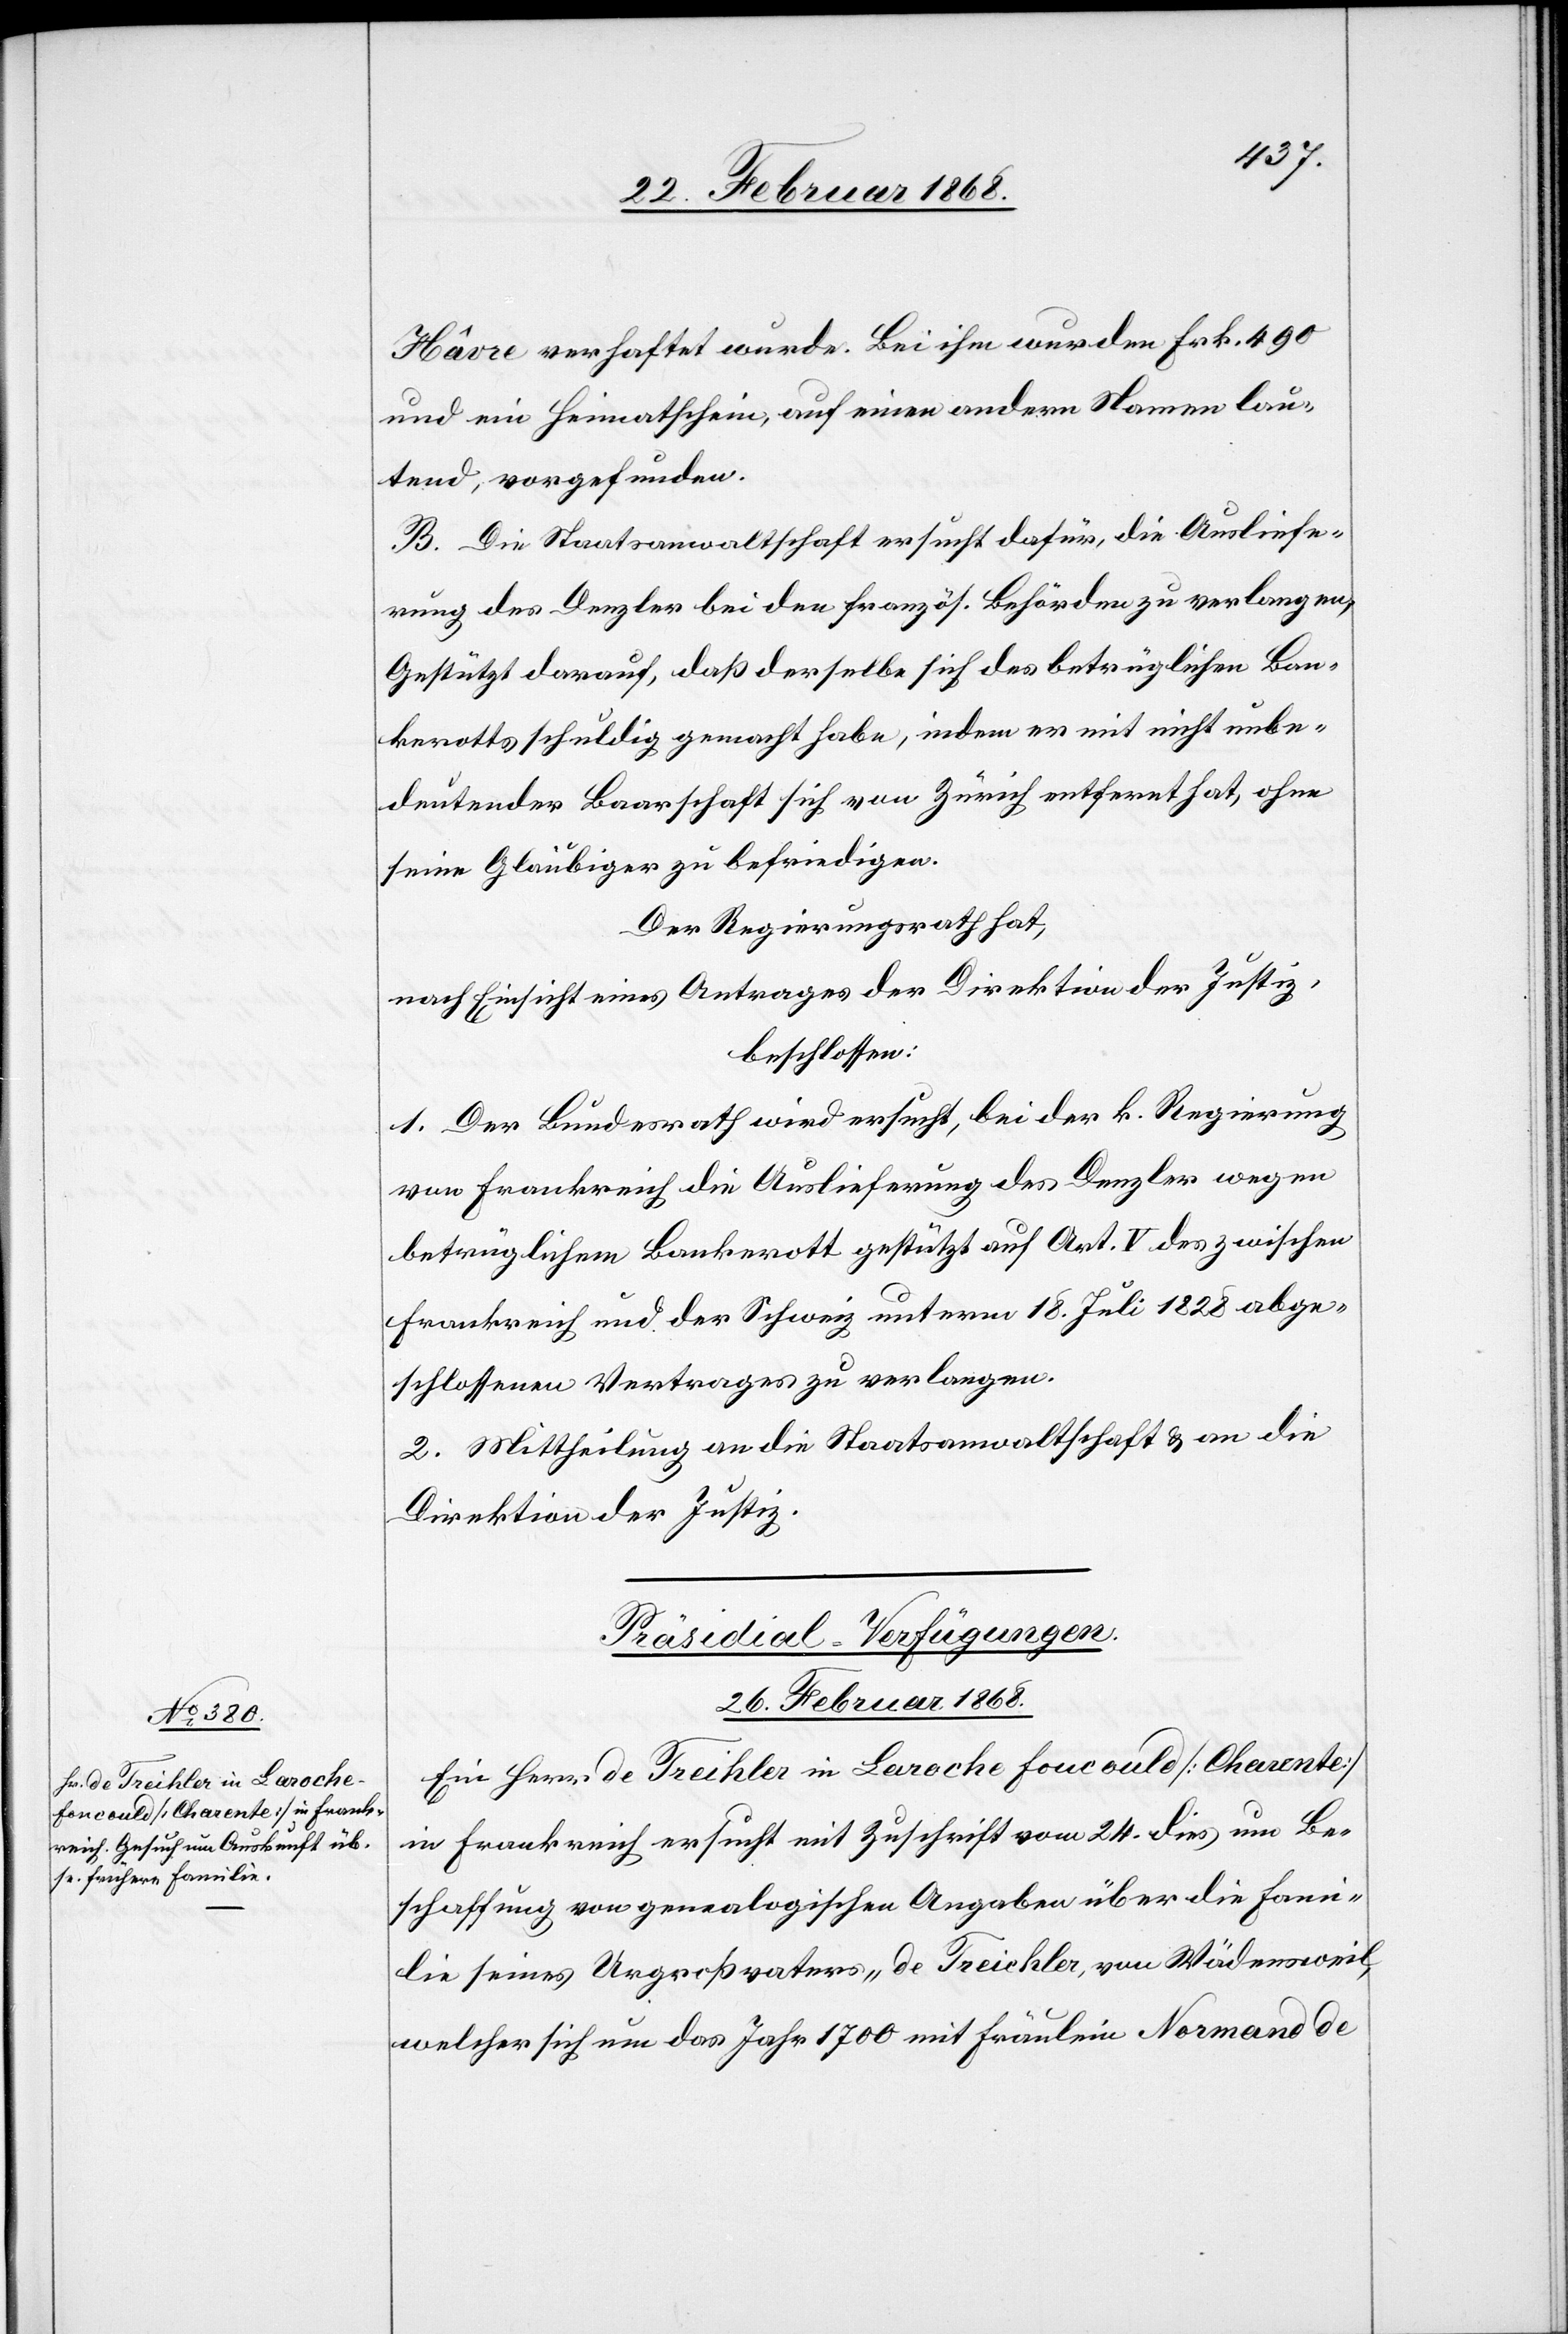
Hâvre verhaftet wurde. Bei ihm wurden Frk. 490
und ein Heimatschein, auf einen andern Namen lau¬
tend, vorgefunden.
B. Die Staatsanwaltschaft ersucht dafür, die Ausliefe¬
rung des Denzler bei den französ. Behörden zu verlangen;
Gestützt darauf, daß derselbe sich des betrüglichen Ban¬
kerotts schuldig gemacht habe, indem er mit nicht unbe¬
deutender Baarschaft sich von Zürich entfernt hat, ohne
seine Gläubiger zu befriedigen.
Der Regierungsrath hat,
nach Einsicht eines Antrages der Direktion der Justiz,
beschlossen:
1. Der Bundesrath wird ersucht, bei der k. Regierung
von Frankreich die Auslieferung des Denzler wegen
betrüglichem Bankerott gestützt auf Art. V des zwischen
Frankreich und der Schweiz unterm 18. Juli 1828 abge¬
schlossenen Vertrages zu verlangen.
2. Mittheilung an die Staatsanwaltschaft & an die
Direktion der Justiz.
Präsidial-Verfügungen.
26. Februar 1868.
Ein Herr de Treihler in Laroche Foucould [Charente]
in Frankreich ersucht mit Zuschrift vom 24. dies um Be¬
schaffung von genealogischen Angaben über die Fami¬
lie seines Urgroßvaters „de Treichler [sic!], von Wädensweil[“],
welcher sich um das Jahr 1700 mit Fräulein Normand de